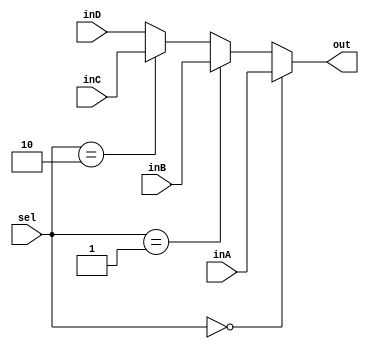
module Mux32Bit4To1(out, inA, inB, inC, inD, sel);
input [31:0] inA, inB, inC, inD;
input [1:0] sel;
output reg [31:0] out;

//initial begin   
// out <= 0;
//end

always@(*) begin
if (sel == 0) begin
out <= inA;
end
else if (sel == 1) begin
out <= inB;
end
else if (sel == 2) begin
out <= inC;
end
else begin
out <= inD;
end
end
endmodule